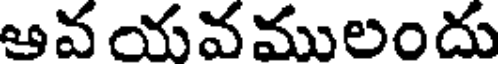
ఆవ యవములందు